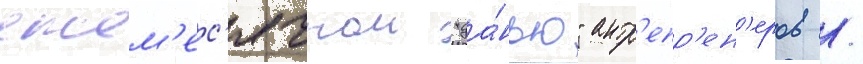
ежем'ес'ячнои "да́нью" антр'епр'ен'еров /